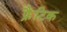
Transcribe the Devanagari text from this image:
फ्रैंटिक